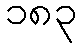
၁၈၃